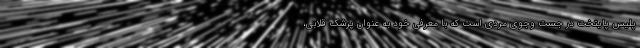
پلیس پایتخت در جست وجوی مردی است که با معرفی خود به عنوان پزشک قلابی،